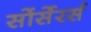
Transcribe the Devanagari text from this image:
सोंर्सेरर्स